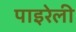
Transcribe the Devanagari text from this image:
पाइरेली